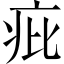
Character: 疪